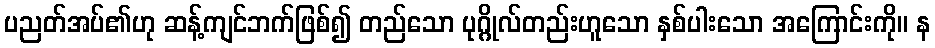
ပညတ်အပ်၏ဟု ဆန့်ကျင်ဘက်ဖြစ်၍ တည်သော ပုဂ္ဂိုလ်တည်းဟူသော နှစ်ပါးသော အကြောင်းကို။ န